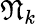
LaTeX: \mathfrak{N}_{k}